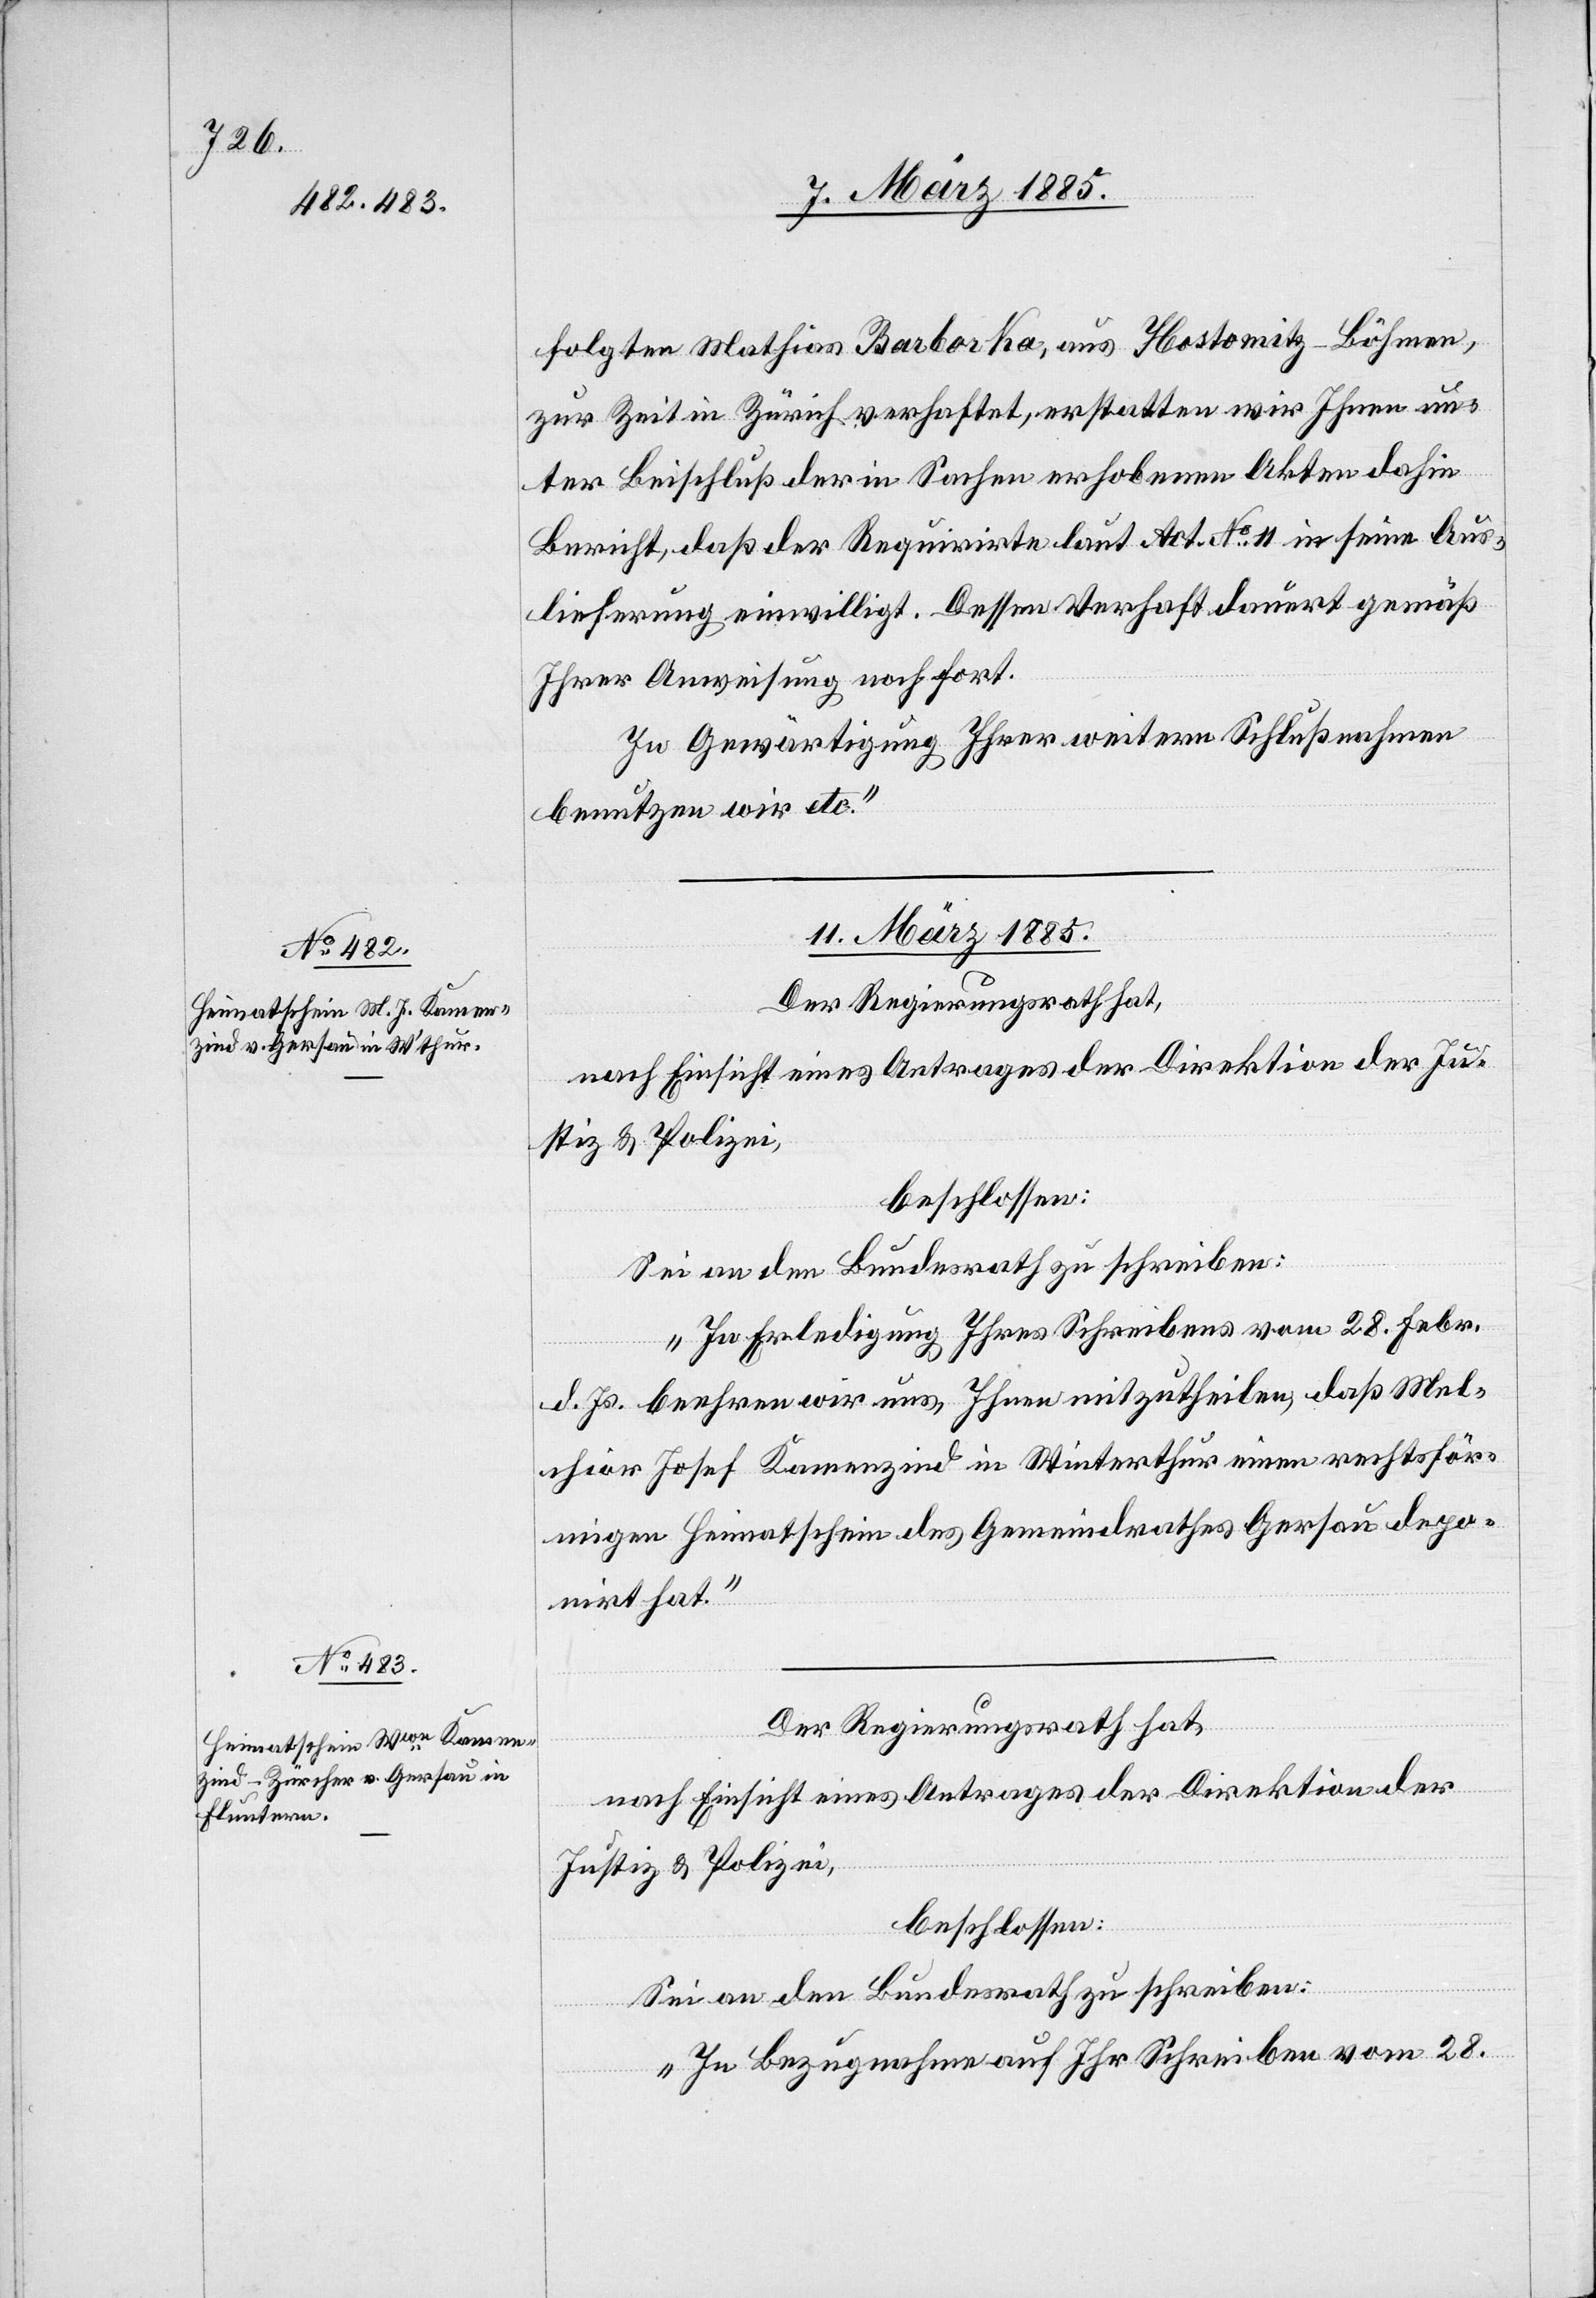
folgten Mathias Barborka [sic!], aus Hostomitz - Böhmen,
zur Zeit in Zürich verhaftet, erstatten wir Ihnen un¬
ter Beischluß der in Sachen erhobenen Akten dahin
Bericht, daß der Requirirte laut Act. No 11 in seine Aus¬
lieferung einwilligt. Dessen Verhaft dauert gemäß
Ihrer Anweisung noch fort.
In Gewärtigung Ihrer weitern Schlußnahmen
benutzen wir etc.“
11. März 1885.]
Der Regierungsrath hat,
nach Einsicht eines Antrages der Direktion der Ju¬
stiz & Polizei,
beschlossen:
Sei dem Bundesrath zu schreiben:
„In Erledigung Ihres Schreibens vom 28. Febr.
d. Js. beehren wir uns, Ihnen mitzutheilen, daß Mel¬
chior Josef Kamenzind in Winterthur einen rechtsför¬
migen Heimatschein des Gemeindrathes Gersau depo¬
nirt hat.“
nach Einsicht eines Antrages der Direktion der
Justiz & Polizei,
beschlossen:
Sei an den Bundesrath zu schreiben:
„In Bezugnahme auf Ihr Schreiben vom 28.